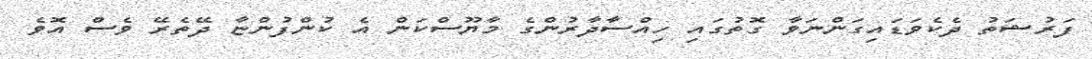
ފަރުޝަތު ދެކެވަޑައިގަންނަވާ ގޮތުގައި ހިއްސާދާރުންގެ މާޔޫސްކަން އެ ކުންފުންޏާ ދޭތެރޭ ވެސް އޮވެ